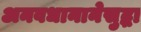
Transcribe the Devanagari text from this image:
अनवधानानेसुद्धा